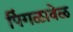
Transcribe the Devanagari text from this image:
पिंगळावेळ